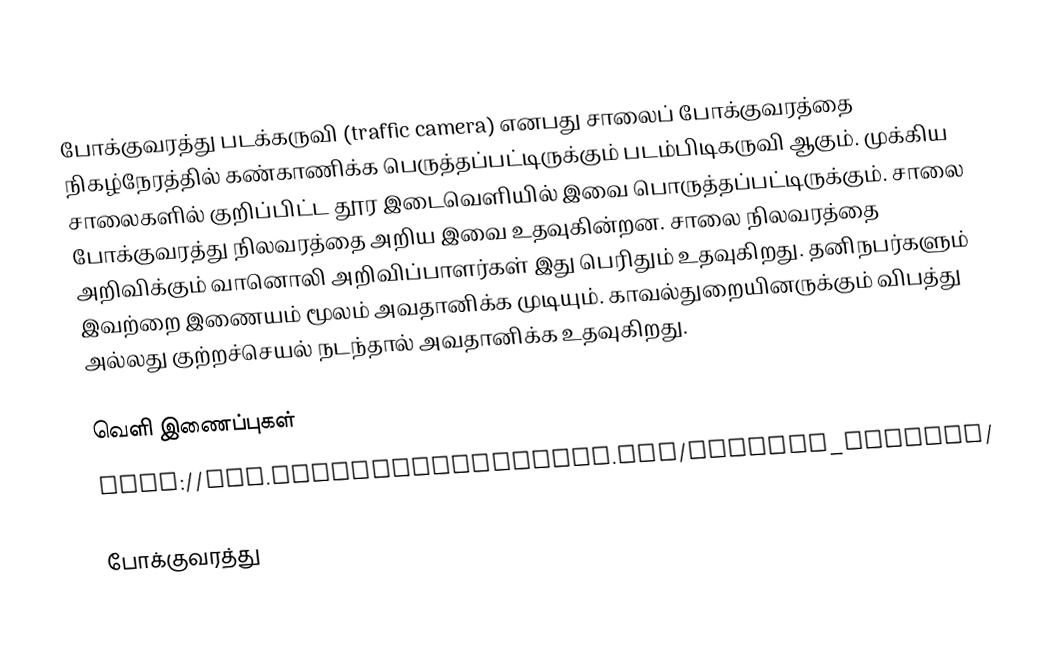
போக்குவரத்து படக்கருவி (traffic camera) எனபது சாலைப் போக்குவரத்தை நிகழ்நேரத்தில் கண்காணிக்க பெருத்தப்பட்டிருக்கும் படம்பிடிகருவி ஆகும்.  முக்கிய சாலைகளில் குறிப்பிட்ட தூர இடைவெளியில் இவை பொருத்தப்பட்டிருக்கும்.  சாலை போக்குவரத்து நிலவரத்தை அறிய இவை உதவுகின்றன.  சாலை நிலவரத்தை அறிவிக்கும் வானொலி அறிவிப்பாளர்கள் இது பெரிதும் உதவுகிறது.  தனிநபர்களும் இவற்றை இணையம் மூலம் அவதானிக்க முடியும்.  காவல்துறையினருக்கும் விபத்து அல்லது குற்றச்செயல் நடந்தால் அவதானிக்க உதவுகிறது.

வெளி இணைப்புகள்
 http://www.theweathernetwork.com/traffic_cameras/

போக்குவரத்து